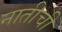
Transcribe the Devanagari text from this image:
नातीची